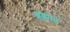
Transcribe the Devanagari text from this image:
ब्रह्मात